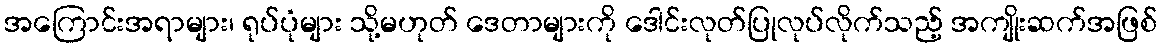
အကြောင်းအရာများ၊ ရုပ်ပုံများ သို့မဟုတ် ဒေတာများကို ဒေါင်းလုတ်ပြုလုပ်လိုက်သည့် အကျိုးဆက်အဖြစ်